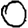
Digit: 0